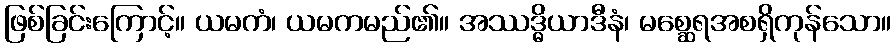
ဖြစ်ခြင်းကြောင့်။ ယမကံ၊ ယမကမည်၏။ အဿဒ္ဓိယာဒီနံ၊ မစ္ဆေရအစရှိကုန်သော။